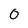
Character: 0